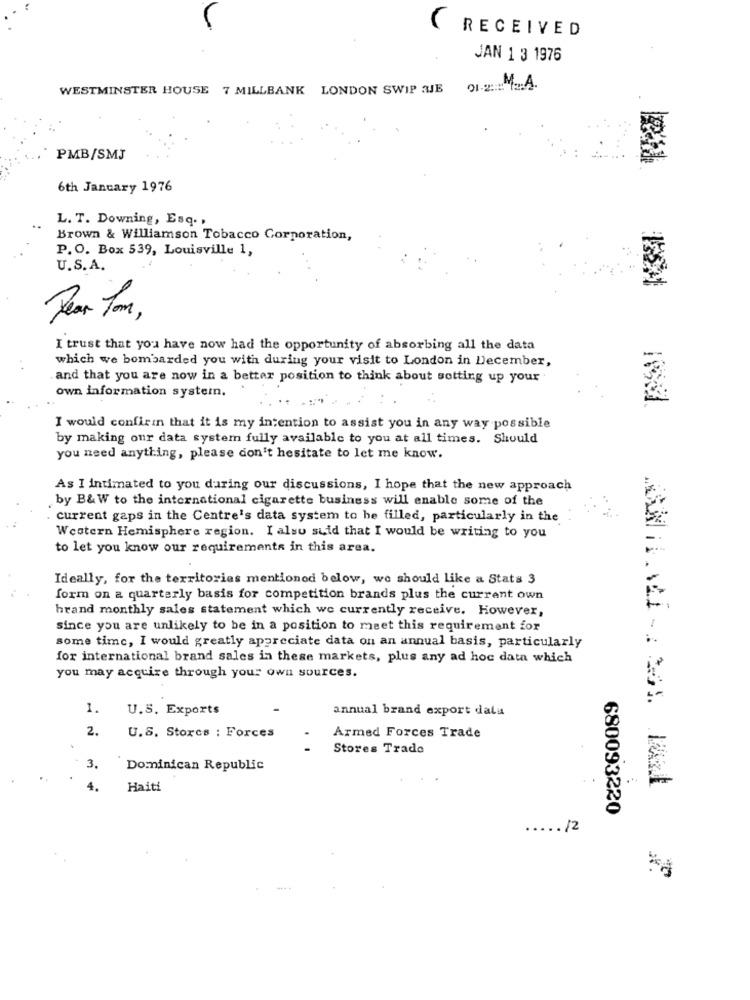
RECEIVED
JAN 1 3 1976
WESTMINSTER HOUSE 7 MILLBANK LONDON SWIP 2JE 91-2 :: 12:
PMB/SMJ
6th January 1976
L. T. Downing, Esq. .
Brown & Williamson Tobacco Corporation,
P.O. Box 539, Louisville 1,
U.S.A.
Dear Tom,
I trust that you have now had the opportunity of absorbing all the data
which we bombarded you with during your visit to London in December,
. .
and that you are now in a better position to think about setting up your
own information systemn.
I would confirin that it is my intention to assist you in any way possible
by making our data system fully available to you at all times. Should
you need anything, please don't hesitate to let me know.
As I intimated to you during our discussions, I hope that the new approach
by B& W to the international cigarette business will enable some of the
current gaps in the Centre's data system to be filled, particularly in the
Western Hemisphere region. I also suid that I would be writing to you
to let you know our requirements in this area.
Ideally, for the territories mentioned below, we should like a Stats 3
form on a quarterly basis for competition brands plus the current own
hrand monthly sales statement which we currently receive. However,
since you are unlikely to be in a position to meet this requirement for
some time, I would greatly appreciate data on an annual basis, particularly
for international brand sales in these markets, plus any ad hoc data which
you may acquire through your own sources.
1.
U.S. Exports
annual brand export data
2.
U.S. Stoxcs : Forces
Armed Forces Trade
Stores Trade
3.
Dominican Republic
4.
Haiti
680093220
.. /2